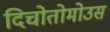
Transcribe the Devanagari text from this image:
दिचोतोमोउस